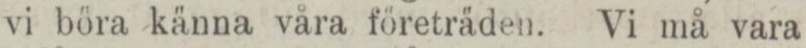
vi böra känna våra företräden. Vi må vara